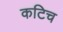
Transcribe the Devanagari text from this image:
कटिच